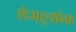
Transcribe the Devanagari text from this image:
शेजाऱ्यांना